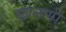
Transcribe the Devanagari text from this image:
छानणी